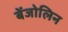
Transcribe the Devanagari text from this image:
बेंजोलिन